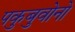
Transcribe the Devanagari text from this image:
पकुबुवोनो